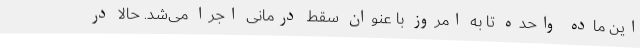
این ماده واحده تا به امروز با عنوان سقط درمانی اجرا می‌شد. حالا در